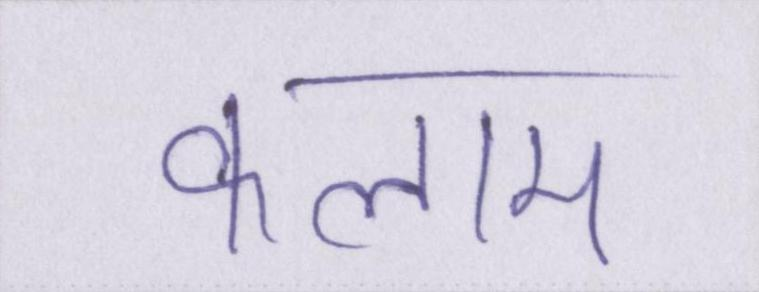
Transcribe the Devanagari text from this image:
कलाम